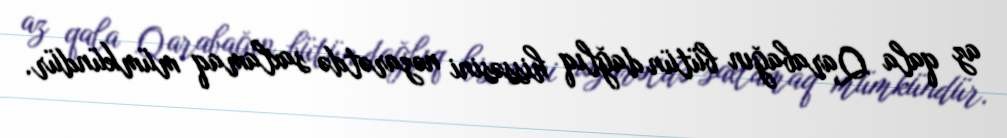
az qala Qarabağın bütün dağlıq hissəsini nəzarətdə saxlamaq mümkündür.